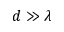
d \gg \lambda